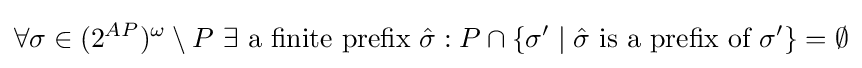
\forall \sigma \in (2^{AP})^{\omega }\setminus P\ \exists {\text{ a finite prefix}}\ {\hat {\sigma }}:P\cap \{\sigma '\mid {\hat {\sigma }}\ {\text{is a prefix of}}\ \sigma '\}=\emptyset